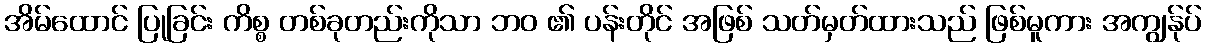
အိမ်ထောင် ပြုခြင်း ကိစ္စ တစ်ခုတည်းကိုသာ ဘဝ ၏ ပန်းတိုင် အဖြစ် သတ်မှတ်ထားသည် ဖြစ်မူကား အကျွန်ုပ်